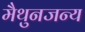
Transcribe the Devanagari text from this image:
मैथुनजन्य